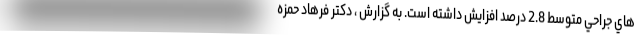
هاي جراحي متوسط 2.8 درصد افزایش داشته است. به گزارش ، دكتر فرهاد حمزه